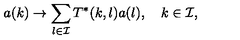
a ( k ) \to \sum _ { l \in { \cal I } } T ^ { * } ( k , l ) a ( l ) , \quad k \in { \cal I } ,